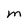
Character: M